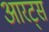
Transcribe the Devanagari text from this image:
आरट्स